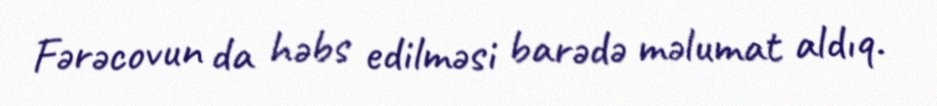
Fərəcovun da həbs edilməsi barədə məlumat aldıq.